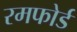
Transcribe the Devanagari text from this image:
रमफोर्ड